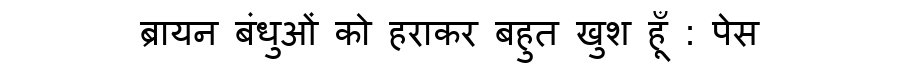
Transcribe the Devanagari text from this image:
ब्रायन बंधुओं को हराकर बहुत खुश हूँ : पेस